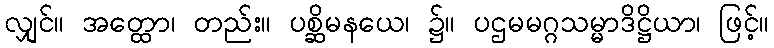
လျှင်။ အတ္ထော၊ တည်း။ ပစ္ဆိမနယေ၊ ၌။ ပဌမမဂ္ဂသမ္မာဒိဋ္ဌိယာ၊ ဖြင့်။